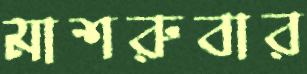
মাশরুবার